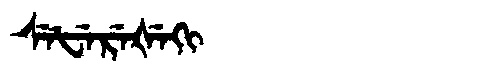
Manchu: ᠰᡝᡶᡝᡵᡝᡧᡝᡴᡳ
Romanization: SEFEREŠEKI